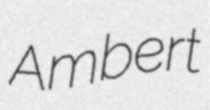
Ambert